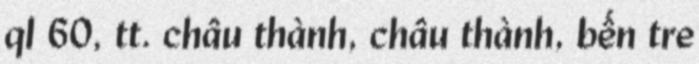
ql 60, tt. châu thành, châu thành, bến tre